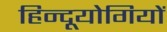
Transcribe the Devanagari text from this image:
हिन्दूयोगियों